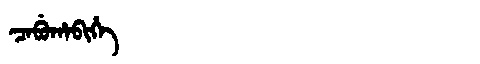
Manchu: ᠴᠠᠪᡠᡥᠠᠪᡳᡥᡝ
Romanization: CABUHABIHE